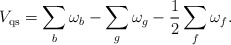
\begin{align*}V_{ {\rm qs}} = \sum_{b}\omega_b-\sum_{g} \omega_g -\frac{1}{2}\sum_{f} \omega_f. \end{align*}